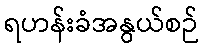
ရဟန်းခံအနွယ်စဉ်